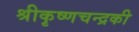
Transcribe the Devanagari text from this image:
श्रीकृष्णचन्द्रकी